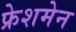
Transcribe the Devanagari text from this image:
फ्रेशमेन